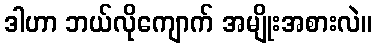
ဒါဟာ ဘယ်လိုကျောက် အမျိုးအစားလဲ။